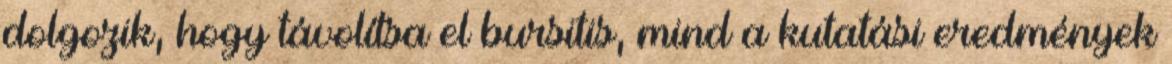
dolgozik, hogy távolítsa el bursitis, mind a kutatási eredmények